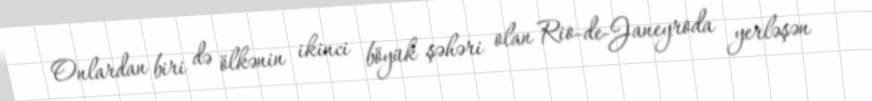
Onlardan biri də ölkənin ikinci böyük şəhəri olan Rio-de-Janeyroda yerləşən